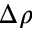
\Delta \rho